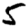
Digit: 5